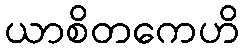
ယာစိတကေဟိ